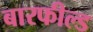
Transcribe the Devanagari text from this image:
बारफील्ड